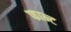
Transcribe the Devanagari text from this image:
फान्ट